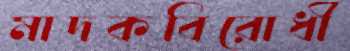
মাদকবিরোধী